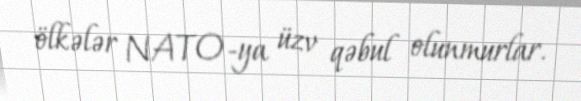
ölkələr NATO-ya üzv qəbul olunmurlar.